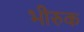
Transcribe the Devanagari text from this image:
भीरुक